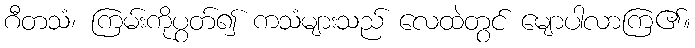
ဂီတသံ၊ ကြမ်းကိုပွတ်၍ ကသံများသည် လေထဲတွင် မျောပါလာကြ၏။